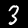
Digit: 3